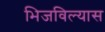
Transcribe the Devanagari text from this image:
भिजविल्यास